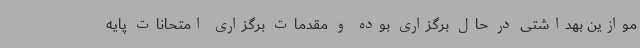
موازین بهداشتی در حال برگزاری بوده و مقدمات برگزاری امتحانات پایه